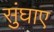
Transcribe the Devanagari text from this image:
सुंघाए